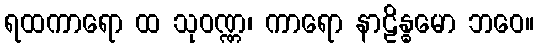
ရထကာရော ထ သုဝဏ္ဏ၊ ကာရော နာဠိန္ဓမော ဘဝေ။